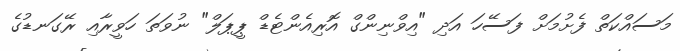
މަސައްކަތް ފެށުމަށް ފަސޭހަ އަދި "އިވްނިންގް އޮރިއެންޓެޑް ޕީޕަލް" ނުވަތަ ހަވީރާއި ރޭގަނޑުގެ